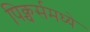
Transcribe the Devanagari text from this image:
पिक्चर्समध्ये